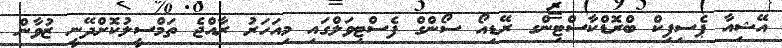
އޭޝިއާ ޕެސިފިކް ބްރޮޑްކާސްޓިންގ ރޭޑިއޯ ސޯންގް ފެސްޓިވަލްގައި މިއަހަރު ރާއްޖެ ތަމްސީލުކޮށްދޭނީ ޒުވާން